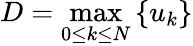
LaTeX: D=\operatorname*{max}_{0\le k\le N}{\{ u_{k}\} }